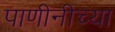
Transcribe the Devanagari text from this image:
पाणीनीच्या